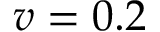
v = 0 . 2